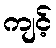
ကျင့်